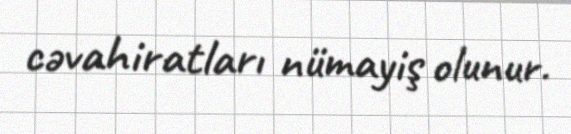
cəvahiratları nümayiş olunur.